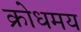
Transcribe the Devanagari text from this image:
क्रोधमय